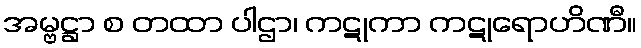
အမ္ဗဋ္ဌာ စ တထာ ပါဌာ၊ ကဋုကာ ကဋုရောဟိဏီ။